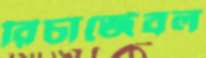
রিচার্জেবল